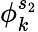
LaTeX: \phi_{k}^{s_{2}}